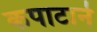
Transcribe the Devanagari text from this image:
कपाटाने